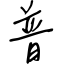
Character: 普